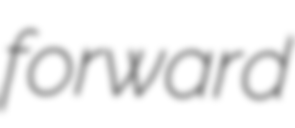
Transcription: forward